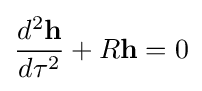
{d^{2}\mathbf {h}  \over d\tau ^{2}}+R\mathbf {h} =0